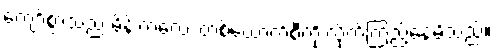
ကျော်စွာသည် မိန်းကလေး တစ်ယောက်စီကို လိုက်ကြည့်နေမိသည်။